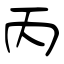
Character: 丙